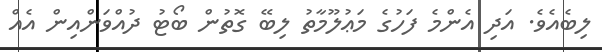
ލިބެއެވެ. އަދި އެންމެ ފަހުގެ މަޢުލޫމާތު ލިބޭ ގޮތުން ބޯޓު ދުއްވަންއިން އެއް